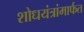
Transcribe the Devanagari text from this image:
शोधयंत्रांमार्फत